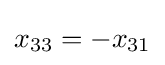
x_{33}=-x_{31}